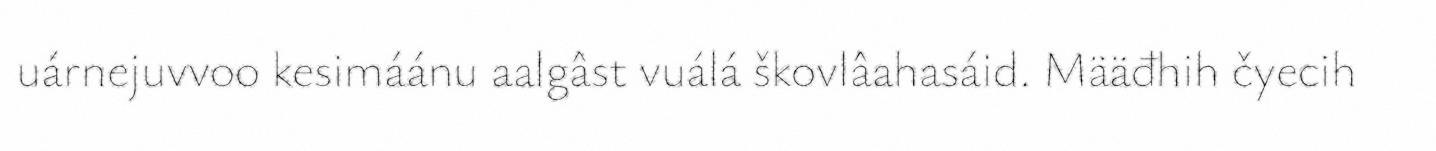
uárnejuvvoo kesimáánu aalgâst vuálá škovlâahasáid. Määđhih čyecih